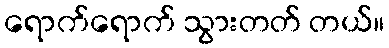
ရောက်ရောက် သွားတတ် တယ်။